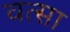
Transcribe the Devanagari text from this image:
वत्सा